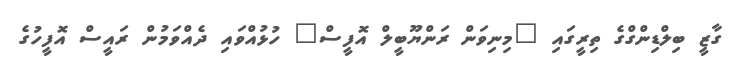
ގާޒީ ބިލްޑިންގްގެ ތިރީގައި "މިނިވަން ރަންޔޫބީލް އޮފީސް" ހުޅުއްވައި ދެއްވަމުން ރައީސް އޮފީހުގެ